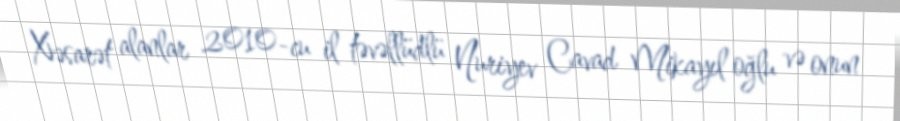
Xəsarət alanlar 2010-cu il təvəllüdlü Nuriyev Cavad Mikayıl oğlu və onun